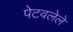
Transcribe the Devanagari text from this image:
पेटवलेले